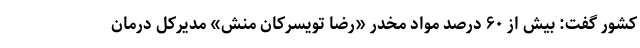
کشور گفت: بیش از ۶۰ درصد مواد مخدر «رضا تویسرکان منش» مدیرکل درمان